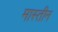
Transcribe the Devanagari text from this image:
मास्तीन